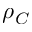
\rho _ { C }